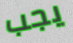
يجب